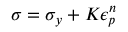
\sigma = \sigma _ { y } + K \epsilon _ { p } ^ { n } \,